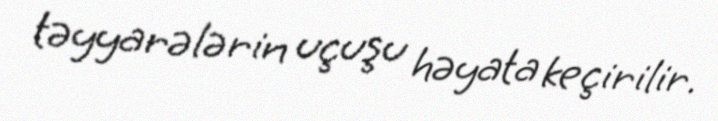
təyyarələrin uçuşu həyata keçirilir.